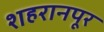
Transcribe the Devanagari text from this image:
शहरानपूर